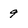
Character: 9